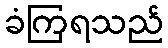
ခံကြရသည်